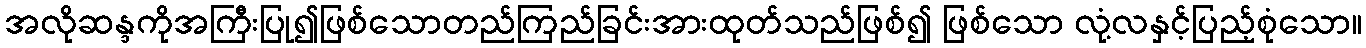
အလိုဆန္ဒကိုအကြီးပြု၍ဖြစ်သောတည်ကြည်ခြင်းအားထုတ်သည်ဖြစ်၍ ဖြစ်သော လုံ့လနှင့်ပြည့်စုံသော။